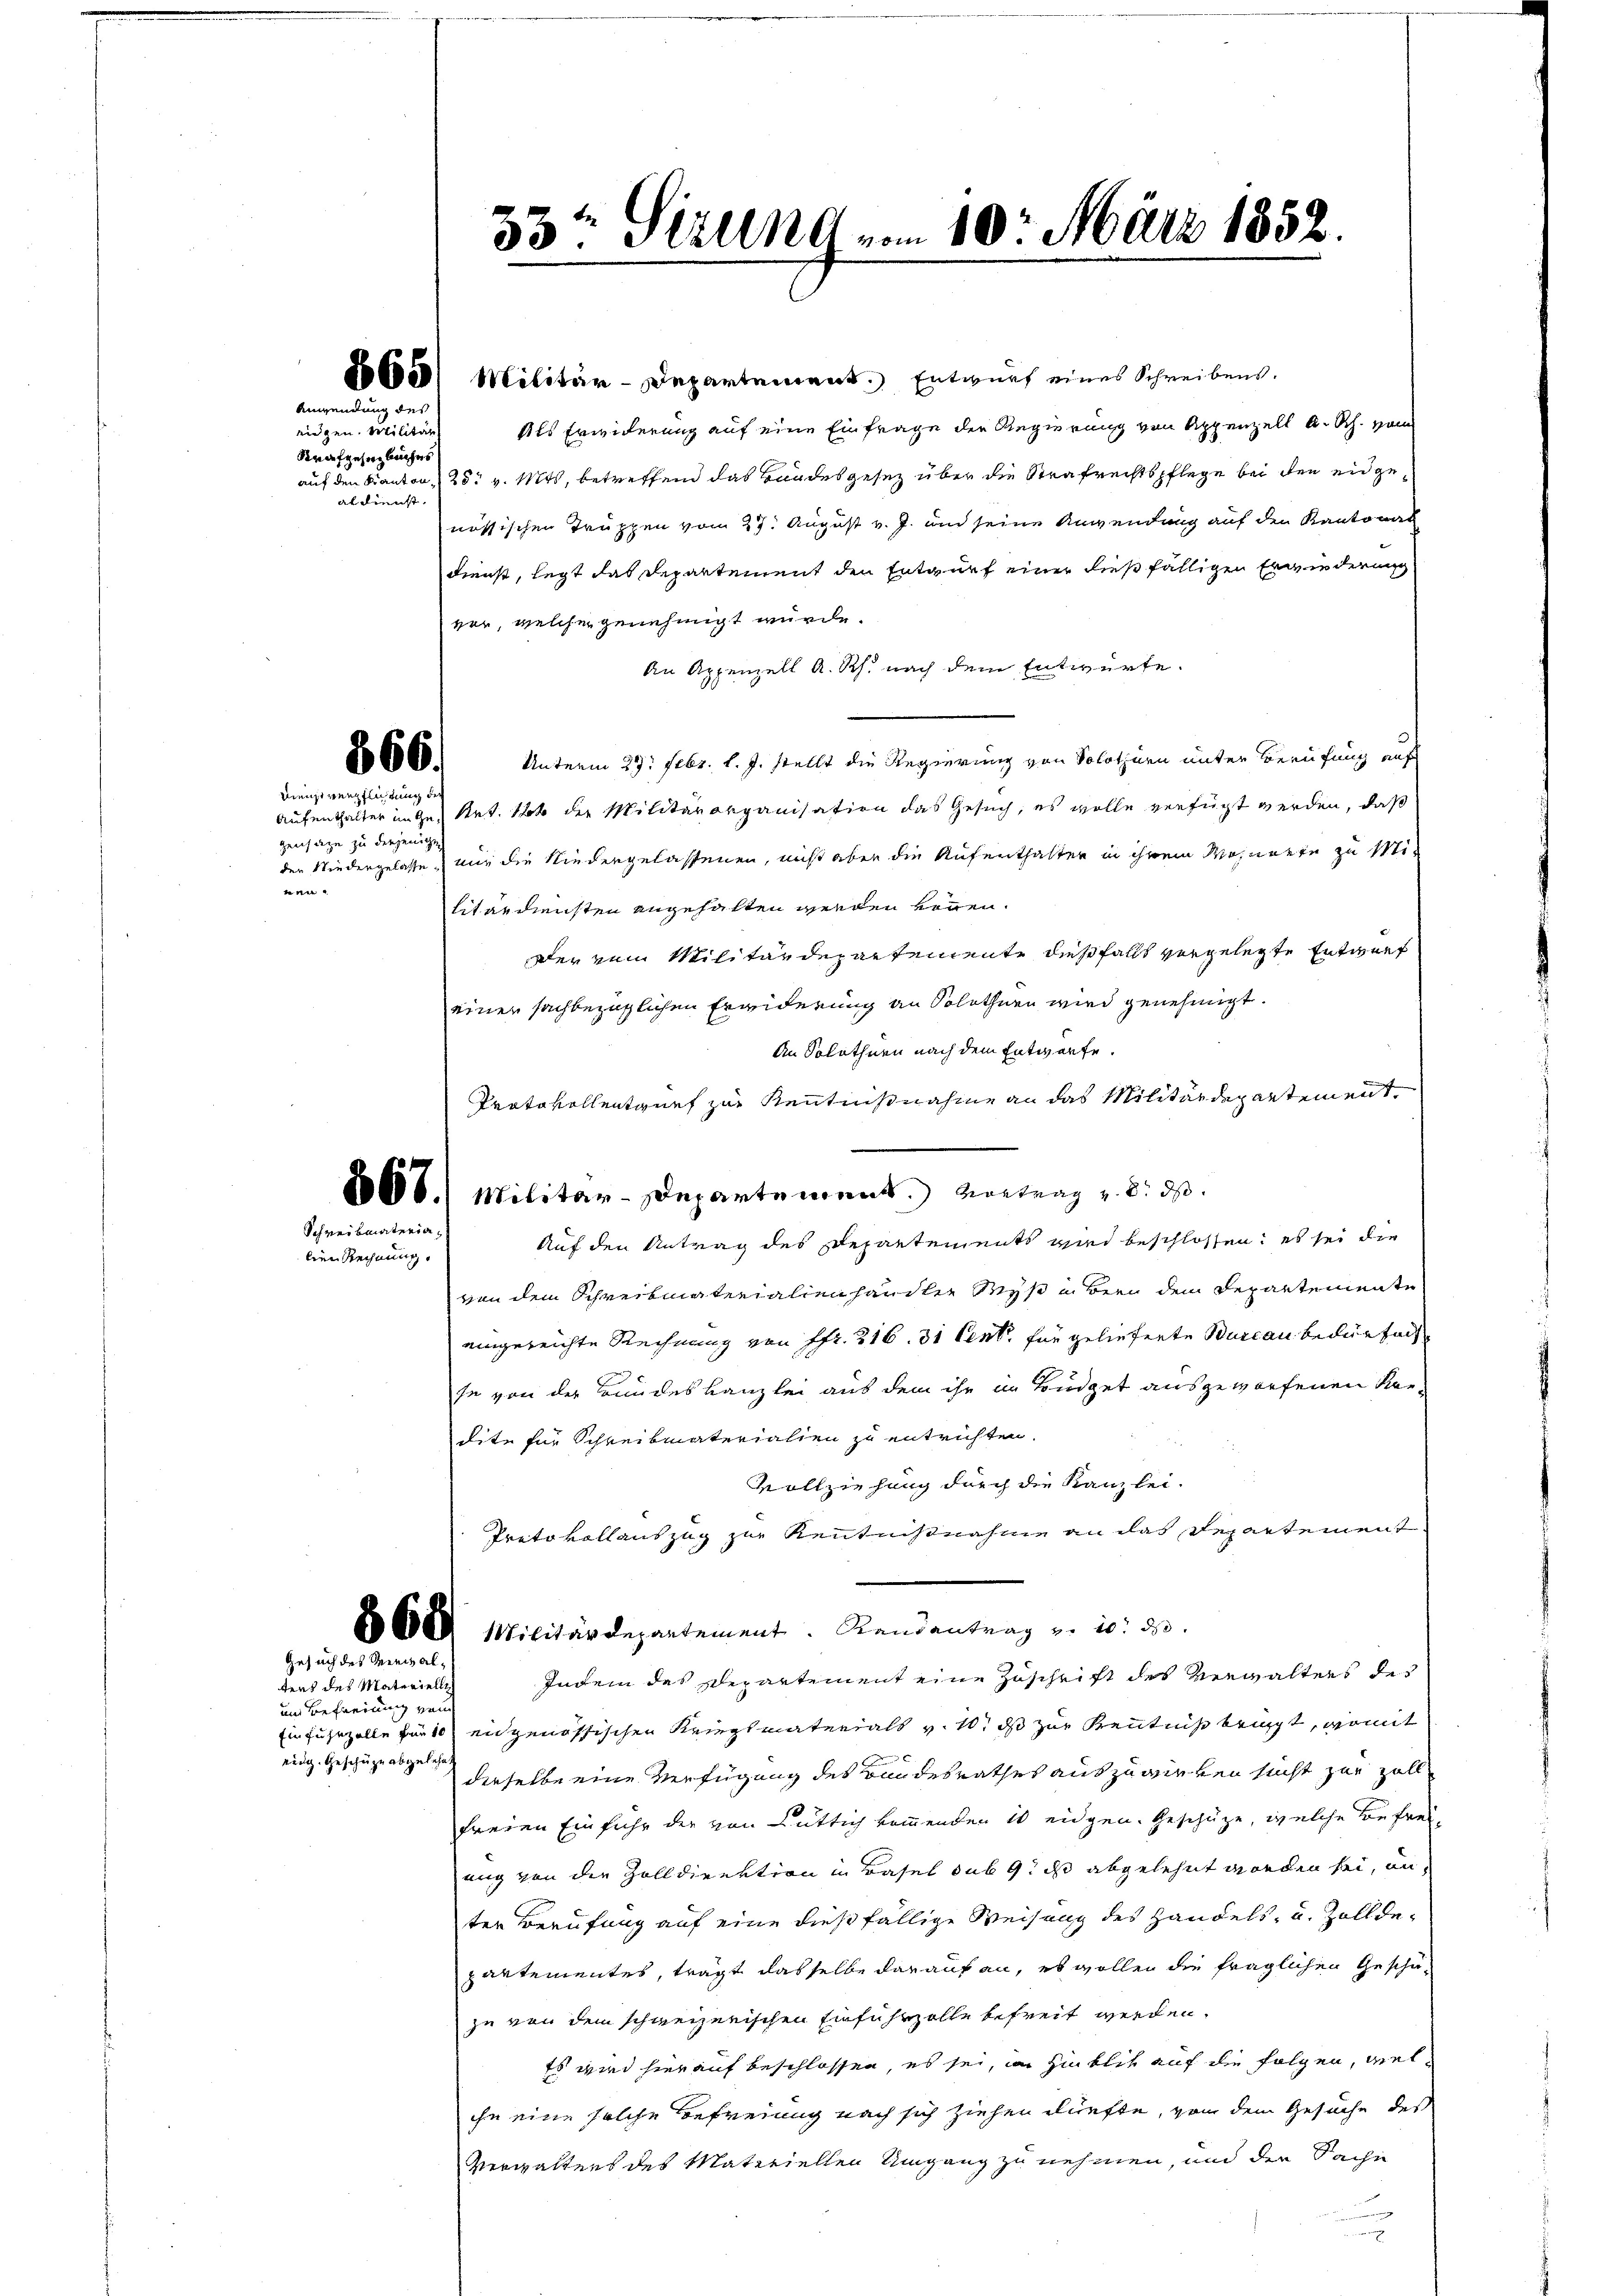
Anwendung des
eidgen. Militär
Strafgesangbuches
aldienst.

866.
Dienstverpflichtung de

genfage zu denjenig
nen

Schreibmateria
bien Rechnung.

Gesuch des Serialtens des Materiellich

um Befreiung vom
eidg. Geschäze abgelehnt

6855/ Militär-Departement. Entwurf eines Schreibens¬
Als Erwiderung auf eine Einfrage der Regierung von Appenzell A. Rh. vom
auf den Kanton 25t v. Mts., betreffend das Bandesgesetz über die Strafrechtspflege bei den eidgenössischen Truppen vom 27. August v. J. und seine Anwendung auf den Kantonal
dienst, legt das Departement den Entwurf einer dießfälligen Erwiederung
vor, welcher genehmigt wurde.
An Appenzell A. Rh. nach dem Entwürfe.
Unterm 27. Febr. l. J. stellt die Regierung von Solothurn unter Berufung auf
Aufenthalter ingert. 16 der Militärorganisation das Gesuch, es wolle verfügt werden, daß
der Niedergelasse, nur die Niedergelassenen, nicht aber die Aufenthalter in ihrem Wohnnern zu Militärdiensten angehalten werden können.
Der rein Militärdepartemente dießfalls vorgelegte Entwurf
einer sachbezüglichen Erwiderung an Solothurn wird genehmigt.
An Solothurn nach dem Entwurfe.
Protokollentwurf zur Kenntnißnahme an das Militärdepartement
80608. Militär-Departement. Vortrag v. 8. ds.
Auf den Antrag des Departements wird beschlossen: es sei die
von dem Schreibmaterialienhandler Seis u. Bern dem Departemente
eingereichte Rechnung von Pfr. 216. 31 Cent für gelieferte Bureau bedürfnis
se von der Bundeskanzlei aus dem ihn in Büdget ausgeworfenen Kandite für Schreibmaterialien zu entrichten.
Vollziehung durch die Kanzlei-
Protokollauszug zur Kenntnißnahme an das Repartement
860. Militärdepartement. Randantrag von 10. ds.
Indem des Departement eine Zuschrift des Vergalters des
Einfuhrzolle für 10 eidgenössischen Kriegsmaterials v. 10. ds zur Kenntniß beipt, womit
derselbe eine Verfügung des Bandesrathes auszuwirken sucht zur Zoll
freien Einfuhr der von Güttig kommenden 10 eidgen. Geschüze, welche Befreiung von die Zolldirektion in Basel sub 9. ds abgelehnt worden sei, an
ter Berufung auf eine dießfällige Weisung des Handels, u. Zolldepartementes, trägt dasselbe darauf an, es wollen die fraglichen Geschä-
zu von dem schweizerischen Einfuhrzolle befreit werden.
Es wird hierauf beschlossen, es sei, in Hinblik auf die Folgen, welihn eine solche Befreiung nach sich ziehen dürfte, von dem Gesuche des
Verwaltens des Materiellen Umgang zu nehmen, und der Sache
.

33t Sirung vom 10. März 1852.